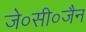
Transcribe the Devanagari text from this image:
जे०सी०जैन